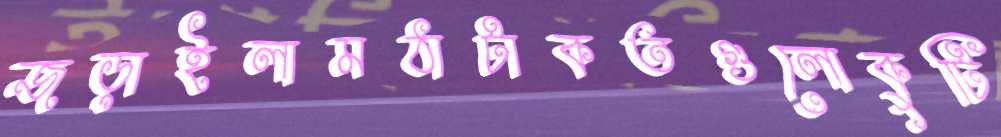
জড়াইলামঠাটাকতগুলোকুটি